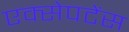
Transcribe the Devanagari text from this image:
एक्सेपटेंस